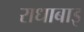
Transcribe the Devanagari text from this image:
राधाबाइ